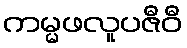
ကမ္မဖလူပဇီဝီ